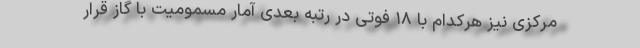
مرکزی نیز هرکدام با ۱۸ فوتی در رتبه بعدی آمار مسمومیت با گاز قرار